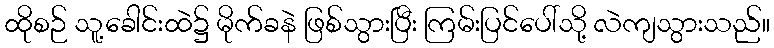
ထိုစဉ် သူ့ခေါင်းထဲ၌ မိုက်ခနဲ ဖြစ်သွားပြီး ကြမ်းပြင်ပေါ်သို့ လဲကျသွားသည်။